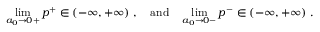
\operatorname * { l i m } _ { a _ { 0 } \to 0 + } p ^ { + } \in ( - \infty , + \infty ) ~ , \quad \mathrm { a n d } \quad \operatorname * { l i m } _ { a _ { 0 } \to 0 - } p ^ { - } \in ( - \infty , + \infty ) ~ .